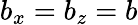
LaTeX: b_{x}=b_{z}=b